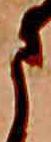
ま